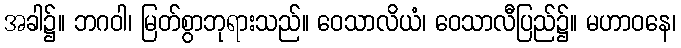
အခါ၌။ ဘဂဝါ၊ မြတ်စွာဘုရားသည်။ ဝေသာလိယံ၊ ဝေသာလီပြည်၌။ မဟာဝနေ၊